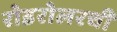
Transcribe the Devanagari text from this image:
रोडरोलरची